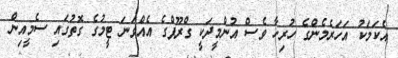
އެކަމަކު އަހަރެމެންގެ ހުރިހާ ވެސް އުންމީދަކީ ގްރޫޕްގެ އެއްވަނަ ޓީމުގެ ގޮތުގައި ސެމީއިން